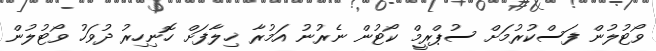
ވޯޓުލުން ފަސްކުރުމަށް ސުޕްރީމް ކޯޓުން ނެރުނު އަމުރާ ޚިލާފަށް ހޮނިހިރު ދުވަހު ވޯޓުލުން